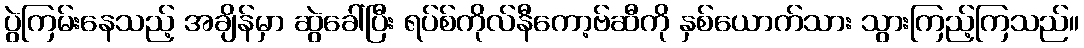
ပွဲကြမ်းနေသည့် အချိန်မှာ ဆွဲခေါ်ပြီး ရပ်စ်ကိုလ်နီကော့ဗ်ဆီကို နှစ်ယောက်သား သွားကြည့်ကြသည်။